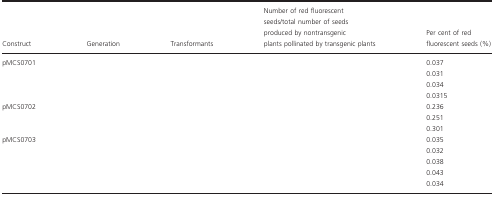
<table><thead><tr><td><b>Construct</b></td><td><b>Generation</b></td><td><b>Transformants</b></td><td><b>Number of red fluorescent seeds/total number of seeds produced by nontransgenic plants pollinated by transgenic plants</b></td><td><b>Per cent of red fluorescent seeds (%)</b></td></tr></thead><tbody><tr><td>pMCS0701</td><td>[EMPTY_CELL]</td><td>[EMPTY_CELL]</td><td>[EMPTY_CELL]</td><td>0.037</td></tr><tr><td>[EMPTY_CELL]</td><td>[EMPTY_CELL]</td><td>[EMPTY_CELL]</td><td>[EMPTY_CELL]</td><td>0.031</td></tr><tr><td>[EMPTY_CELL]</td><td>[EMPTY_CELL]</td><td>[EMPTY_CELL]</td><td>[EMPTY_CELL]</td><td>0.034</td></tr><tr><td>[EMPTY_CELL]</td><td>[EMPTY_CELL]</td><td>[EMPTY_CELL]</td><td>[EMPTY_CELL]</td><td>0.0315</td></tr><tr><td>pMCS0702</td><td>[EMPTY_CELL]</td><td>[EMPTY_CELL]</td><td>[EMPTY_CELL]</td><td>0.236</td></tr><tr><td>[EMPTY_CELL]</td><td>[EMPTY_CELL]</td><td>[EMPTY_CELL]</td><td>[EMPTY_CELL]</td><td>0.251</td></tr><tr><td>[EMPTY_CELL]</td><td>[EMPTY_CELL]</td><td>[EMPTY_CELL]</td><td>[EMPTY_CELL]</td><td>0.301</td></tr><tr><td>pMCS0703</td><td>[EMPTY_CELL]</td><td>[EMPTY_CELL]</td><td>[EMPTY_CELL]</td><td>0.035</td></tr><tr><td>[EMPTY_CELL]</td><td>[EMPTY_CELL]</td><td>[EMPTY_CELL]</td><td>[EMPTY_CELL]</td><td>0.032</td></tr><tr><td>[EMPTY_CELL]</td><td>[EMPTY_CELL]</td><td>[EMPTY_CELL]</td><td>[EMPTY_CELL]</td><td>0.038</td></tr><tr><td>[EMPTY_CELL]</td><td>[EMPTY_CELL]</td><td>[EMPTY_CELL]</td><td>[EMPTY_CELL]</td><td>0.043</td></tr><tr><td>[EMPTY_CELL]</td><td>[EMPTY_CELL]</td><td>[EMPTY_CELL]</td><td>[EMPTY_CELL]</td><td>0.034</td></tr></tbody></table>